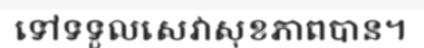
ទៅទទួលសេវាសុខភាពបាន។